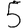
Digit: 5